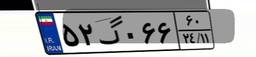
۵۲گ۰۶۶۶۰